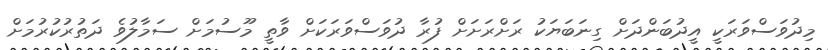
މިދުވަސްވަރަކީ އީދުބަންދަށް ގިނަބަޔަކު ރަށްރަށަށް ފުރާ ދުވަސްވަރަކަށް ވާތީ މޫސުމަށް ސަމާލުވެ ދަތުރުކުރުމަށް